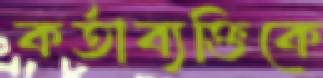
কর্তাব্যক্তিকে